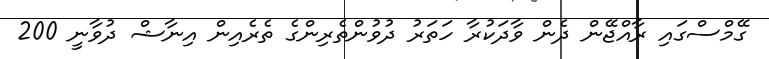
ގޭމްސްގައި ރާއްޖޭން ދެން ވާދަކުރާ ހަތަރު ދުވުންތެރިންގެ ތެރެއިން އިނާޝް ދުވާނީ 200